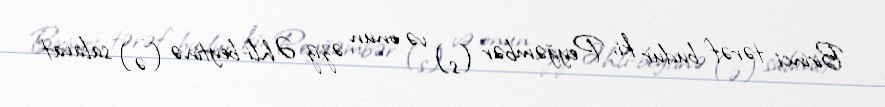
Birinci tərəf budur ki, Peyğəmbər (s) və onun əziz Əhli-beytinə (ə) salavat